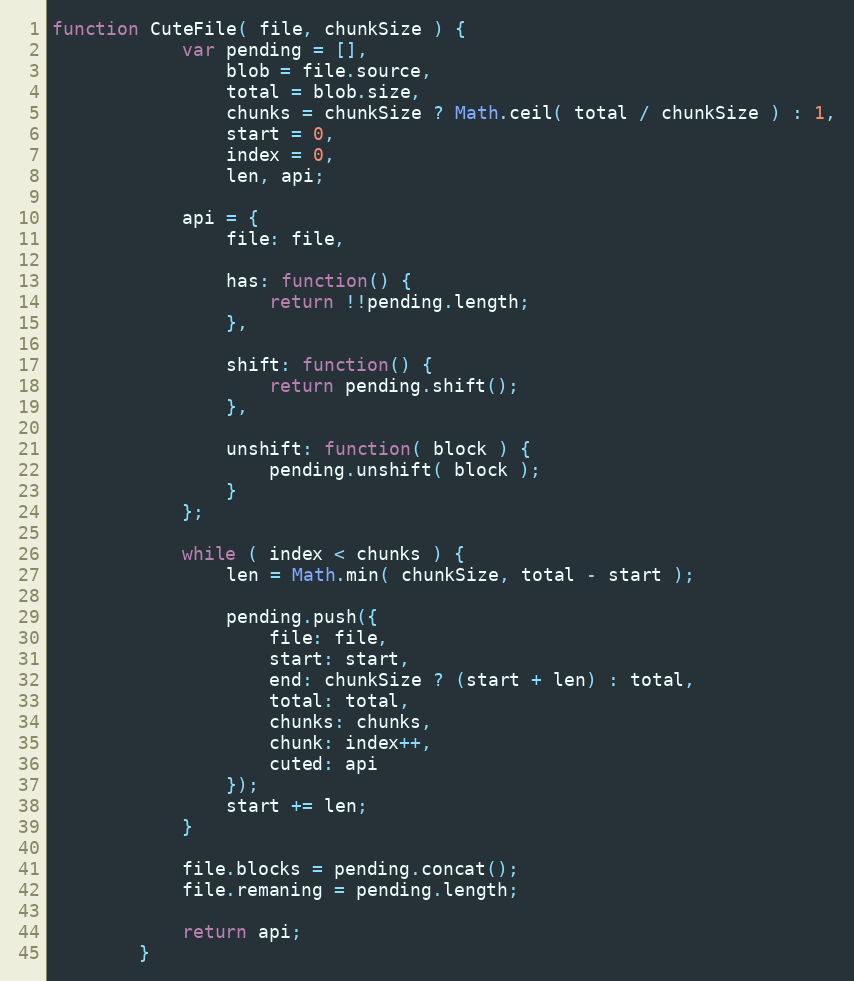
Language: JavaScript
function CuteFile( file, chunkSize ) {
            var pending = [],
                blob = file.source,
                total = blob.size,
                chunks = chunkSize ? Math.ceil( total / chunkSize ) : 1,
                start = 0,
                index = 0,
                len, api;

            api = {
                file: file,

                has: function() {
                    return !!pending.length;
                },

                shift: function() {
                    return pending.shift();
                },

                unshift: function( block ) {
                    pending.unshift( block );
                }
            };

            while ( index < chunks ) {
                len = Math.min( chunkSize, total - start );

                pending.push({
                    file: file,
                    start: start,
                    end: chunkSize ? (start + len) : total,
                    total: total,
                    chunks: chunks,
                    chunk: index++,
                    cuted: api
                });
                start += len;
            }

            file.blocks = pending.concat();
            file.remaning = pending.length;

            return api;
        }